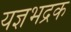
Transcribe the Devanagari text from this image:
यज्ञभद्रक